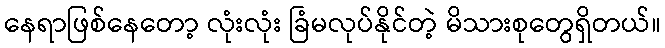
နေရာဖြစ်နေတော့ လုံးလုံး ခြံမလုပ်နိုင်တဲ့ မိသားစုတွေရှိတယ်။